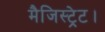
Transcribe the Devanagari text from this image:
मैजिस्ट्रेट।